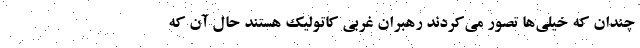
چندان که خیلی‌ها تصور می‌کردند رهبران غربی کاتولیک هستند حال آن که